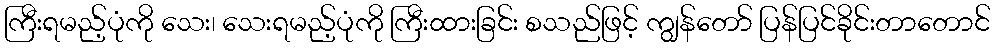
ကြီးရမည့်ပုံကို သေး၊ သေးရမည့်ပုံကို ကြီးထားခြင်း စသည်ဖြင့် ကျွန်တော် ပြန်ပြင်ခိုင်းတာတောင်